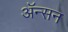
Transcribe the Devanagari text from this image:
अॅन्सन